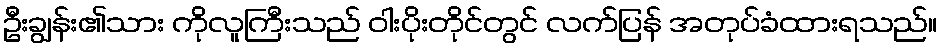
ဦးချွန်း၏သား ကိုလူကြီးသည် ဝါးပိုးတိုင်တွင် လက်ပြန် အတုပ်ခံထားရသည်။